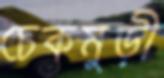
চেকমুড়ী